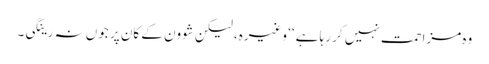
وہ مزاحمت نہیں کر رہا ہے ‘‘ وغیرہ، لیکن شوون کے کان پر جوں نہ رینگی۔